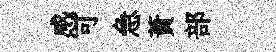
感可急蕡部